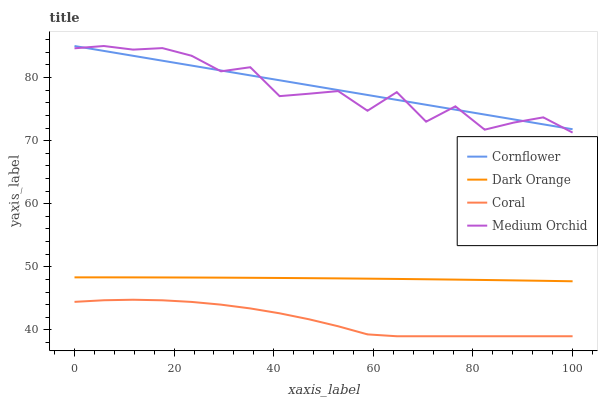
| xaxis_label | Cornflower | Dark Orange | Coral | Medium Orchid |
 | --- | --- | --- | --- | --- |
 | 0 | 85 | 48.3 | 44.5 | 84.6 |
 | 5.88 | 84.2 | 48.3 | 44.7 | 85 |
 | 11.8 | 83.4 | 48.3 | 44.8 | 84.4 |
 | 17.6 | 82.7 | 48.3 | 44.7 | 84.7 |
 | 23.5 | 81.9 | 48.3 | 44.4 | 83.5 |
 | 29.4 | 81.1 | 48.3 | 44 | 81 |
 | 35.3 | 80.3 | 48.3 | 43.4 | 81.6 |
 | 41.2 | 79.6 | 48.2 | 42.6 | 77.1 |
 | 47.1 | 78.8 | 48.2 | 41.7 | 77.4 |
 | 52.9 | 78 | 48.2 | 40.6 | 77.9 |
 | 58.8 | 77.2 | 48.1 | 39.3 | 74.7 |
 | 64.7 | 76.5 | 48.1 | 39 | 77.7 |
 | 70.6 | 75.7 | 48 | 39 | 73 |
 | 76.5 | 74.9 | 48 | 39 | 75.4 |
 | 82.4 | 74.1 | 47.9 | 39 | 71.7 |
 | 88.2 | 73.4 | 47.9 | 39 | 72.9 |
 | 94.1 | 72.6 | 47.8 | 39 | 73.7 |
 | 100 | 71.8 | 47.7 | 39 | 71.3 |